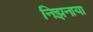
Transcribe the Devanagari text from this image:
निझ़नाया